Indian journal of veterinary science and animal husbandry - Volume 9,
Year: 1939
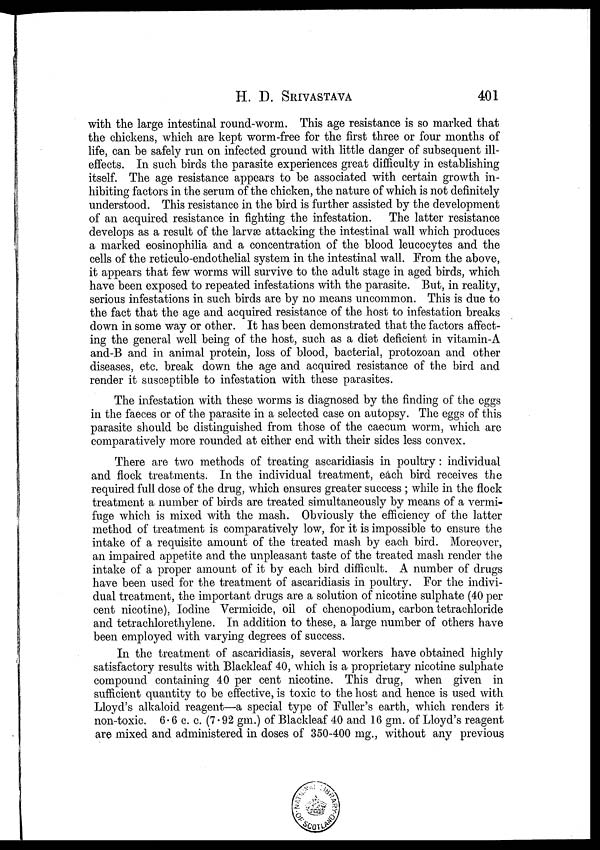
H. D.
SRIVASTAVA
401
with the large intestinal round-worm. This age resistance is so marked that
the chickens, which are kept worm-free for the first three or four months of
life, can be safely run on infected ground with little danger of subsequent ill-
effects. In such birds the parasite experiences great difficulty in establishing
itself. The age resistance appears to be associated with certain growth in-
hibiting factors in the serum of the chicken, the nature of which is not definitely
understood. This resistance in the bird is further assisted by the development
of an acquired resistance in fighting the infestation.
The latter resistance
develops as a result of the larvæ attacking the intestinal wall which produces
a marked eosinophilia and a concentration of the blood leucocytes and the
cells of the reticulo-endothelial system in the intestinal wall. From the above,
it appears that few worms will survive to the adult stage in aged birds, which
have been exposed to repeated infestations with the parasite. But, in reality,
serious infestations in such birds are by no means uncommon. This is due to
the fact that the age and acquired resistance of the host to infestation breaks
down in some way or other. It has been demonstrated that the factors affect-
ing the general well being of the host, such as a diet deficient in vitamin-A
and-B and in animal protein, loss of blood, bacterial, protozoan and other
diseases, etc. break down the age and acquired resistance of the bird and
render it susceptible to infestation with these parasites.
The infestation with these worms is diagnosed by the finding of the eggs
in the faeces or of the parasite in a selected case on autopsy. The eggs of this
parasite should be distinguished from those of the caecum worm, which are
comparatively more rounded at either end with their sides less convex.
There are two methods of treating ascaridiasis in poultry: individual
and flock treatments. In the individual treatment, each bird receives the
required full dose of the drug, which ensures greater success ; while in the flock
treatment a number of birds are treated simultaneously by means of a vermi-
fuge which is mixed with the mash. Obviously the efficiency of the latter
method of treatment is comparatively low, for it is impossible to ensure the
intake of a requisite amount of the treated mash by each bird. Moreover,
an impaired appetite and the unpleasant taste of the treated mash render the
intake of a proper amount of it by each bird difficult. A number of drugs
have been used for the treatment of ascaridiasis in poultry. For the indivi-
dual treatment, the important drugs are a solution of nicotine sulphate (40 per
cent nicotine), Iodine Vermicide, oil of chenopodium, carbon tetrachloride
and tetrachlorethylene. In addition to these, a large number of others have
been employed with varying degrees of success.
In the treatment of ascaridiasis, several workers have obtained highly
satisfactory results with Blackleaf 40, which is a proprietary nicotine sulphate
compound containing 40 per cent nicotine. This drug, when given in
sufficient quantity to be effective, is toxic to the host and hence is used with
Lloyd's alkaloid reagent—a special type of Fuller's earth, which renders it
non-toxic. 6.6 c. c. (7 .92 gm.) of Blackleaf 40 and 16 gm. of Lloyd's reagent
are mixed and administered in doses of 350-400 mg., without any previous